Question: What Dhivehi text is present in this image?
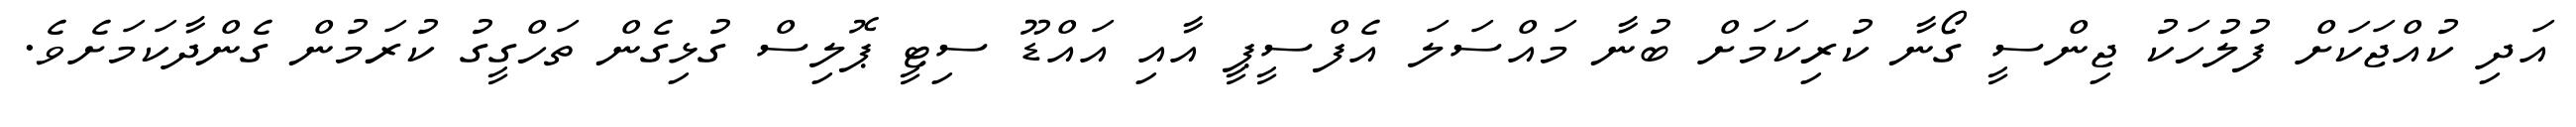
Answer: އަދި ކުއްޖަކަށް ފުލުހަކު ޖިންސީ ގޯނާ ކުރިކަމަށް ބުނާ މައްސަލަ އެފްސީޕީ އާއި އައްޑޫ ސިޓީ ޕޮލިސް ގުޅިގެން ތަހްގީގު ކުރަމުން ގެންދާކަމަށެވެ.